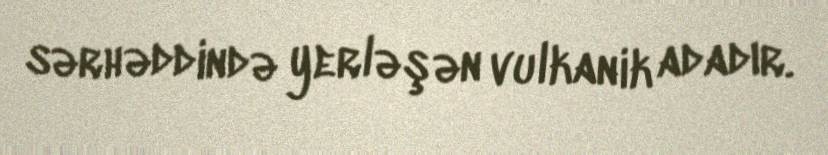
sərhəddində yerləşən vulkanik adadır.